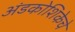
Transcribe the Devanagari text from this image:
अंडकोशिकेचे